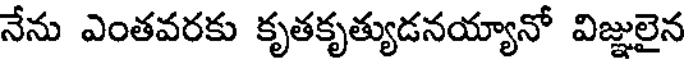
నేను ఎంతవరకు కృతకృత్యుడనయ్యానో విజ్ఞులైన